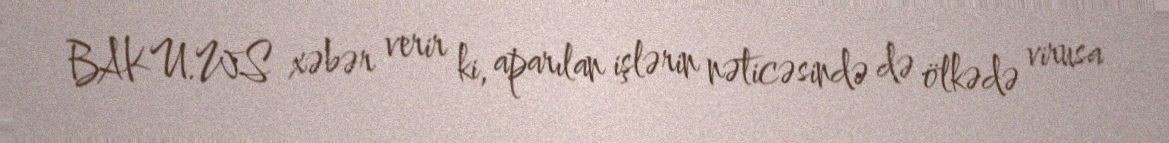
BAKU.WS xəbər verir ki, aparılan işlərin nəticəsində də ölkədə virusa